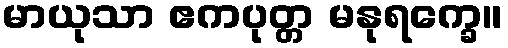
မာယုသာ ဧကပုတ္တ မနုရက္ခေ။